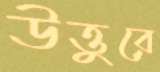
উত্তুরে